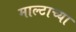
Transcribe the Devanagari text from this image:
माल्टाच्या